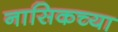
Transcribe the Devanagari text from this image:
नासिकच्या